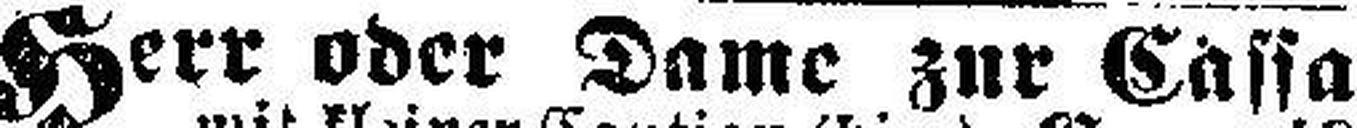
Herr oder Dame zur Cassa